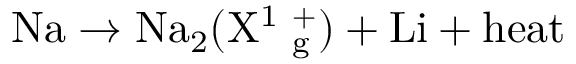
\mathrm { { N a } \rightarrow \mathrm { { N a } _ { 2 } ( X ^ { 1 } \Sigma _ { g } ^ { + } ) + \mathrm { { L i } + \mathrm { { h e a t } } } } }